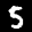
Label: 5